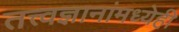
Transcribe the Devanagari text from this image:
तत्त्वज्ञानांमध्येही